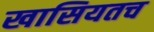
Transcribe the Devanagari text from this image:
खासियतच